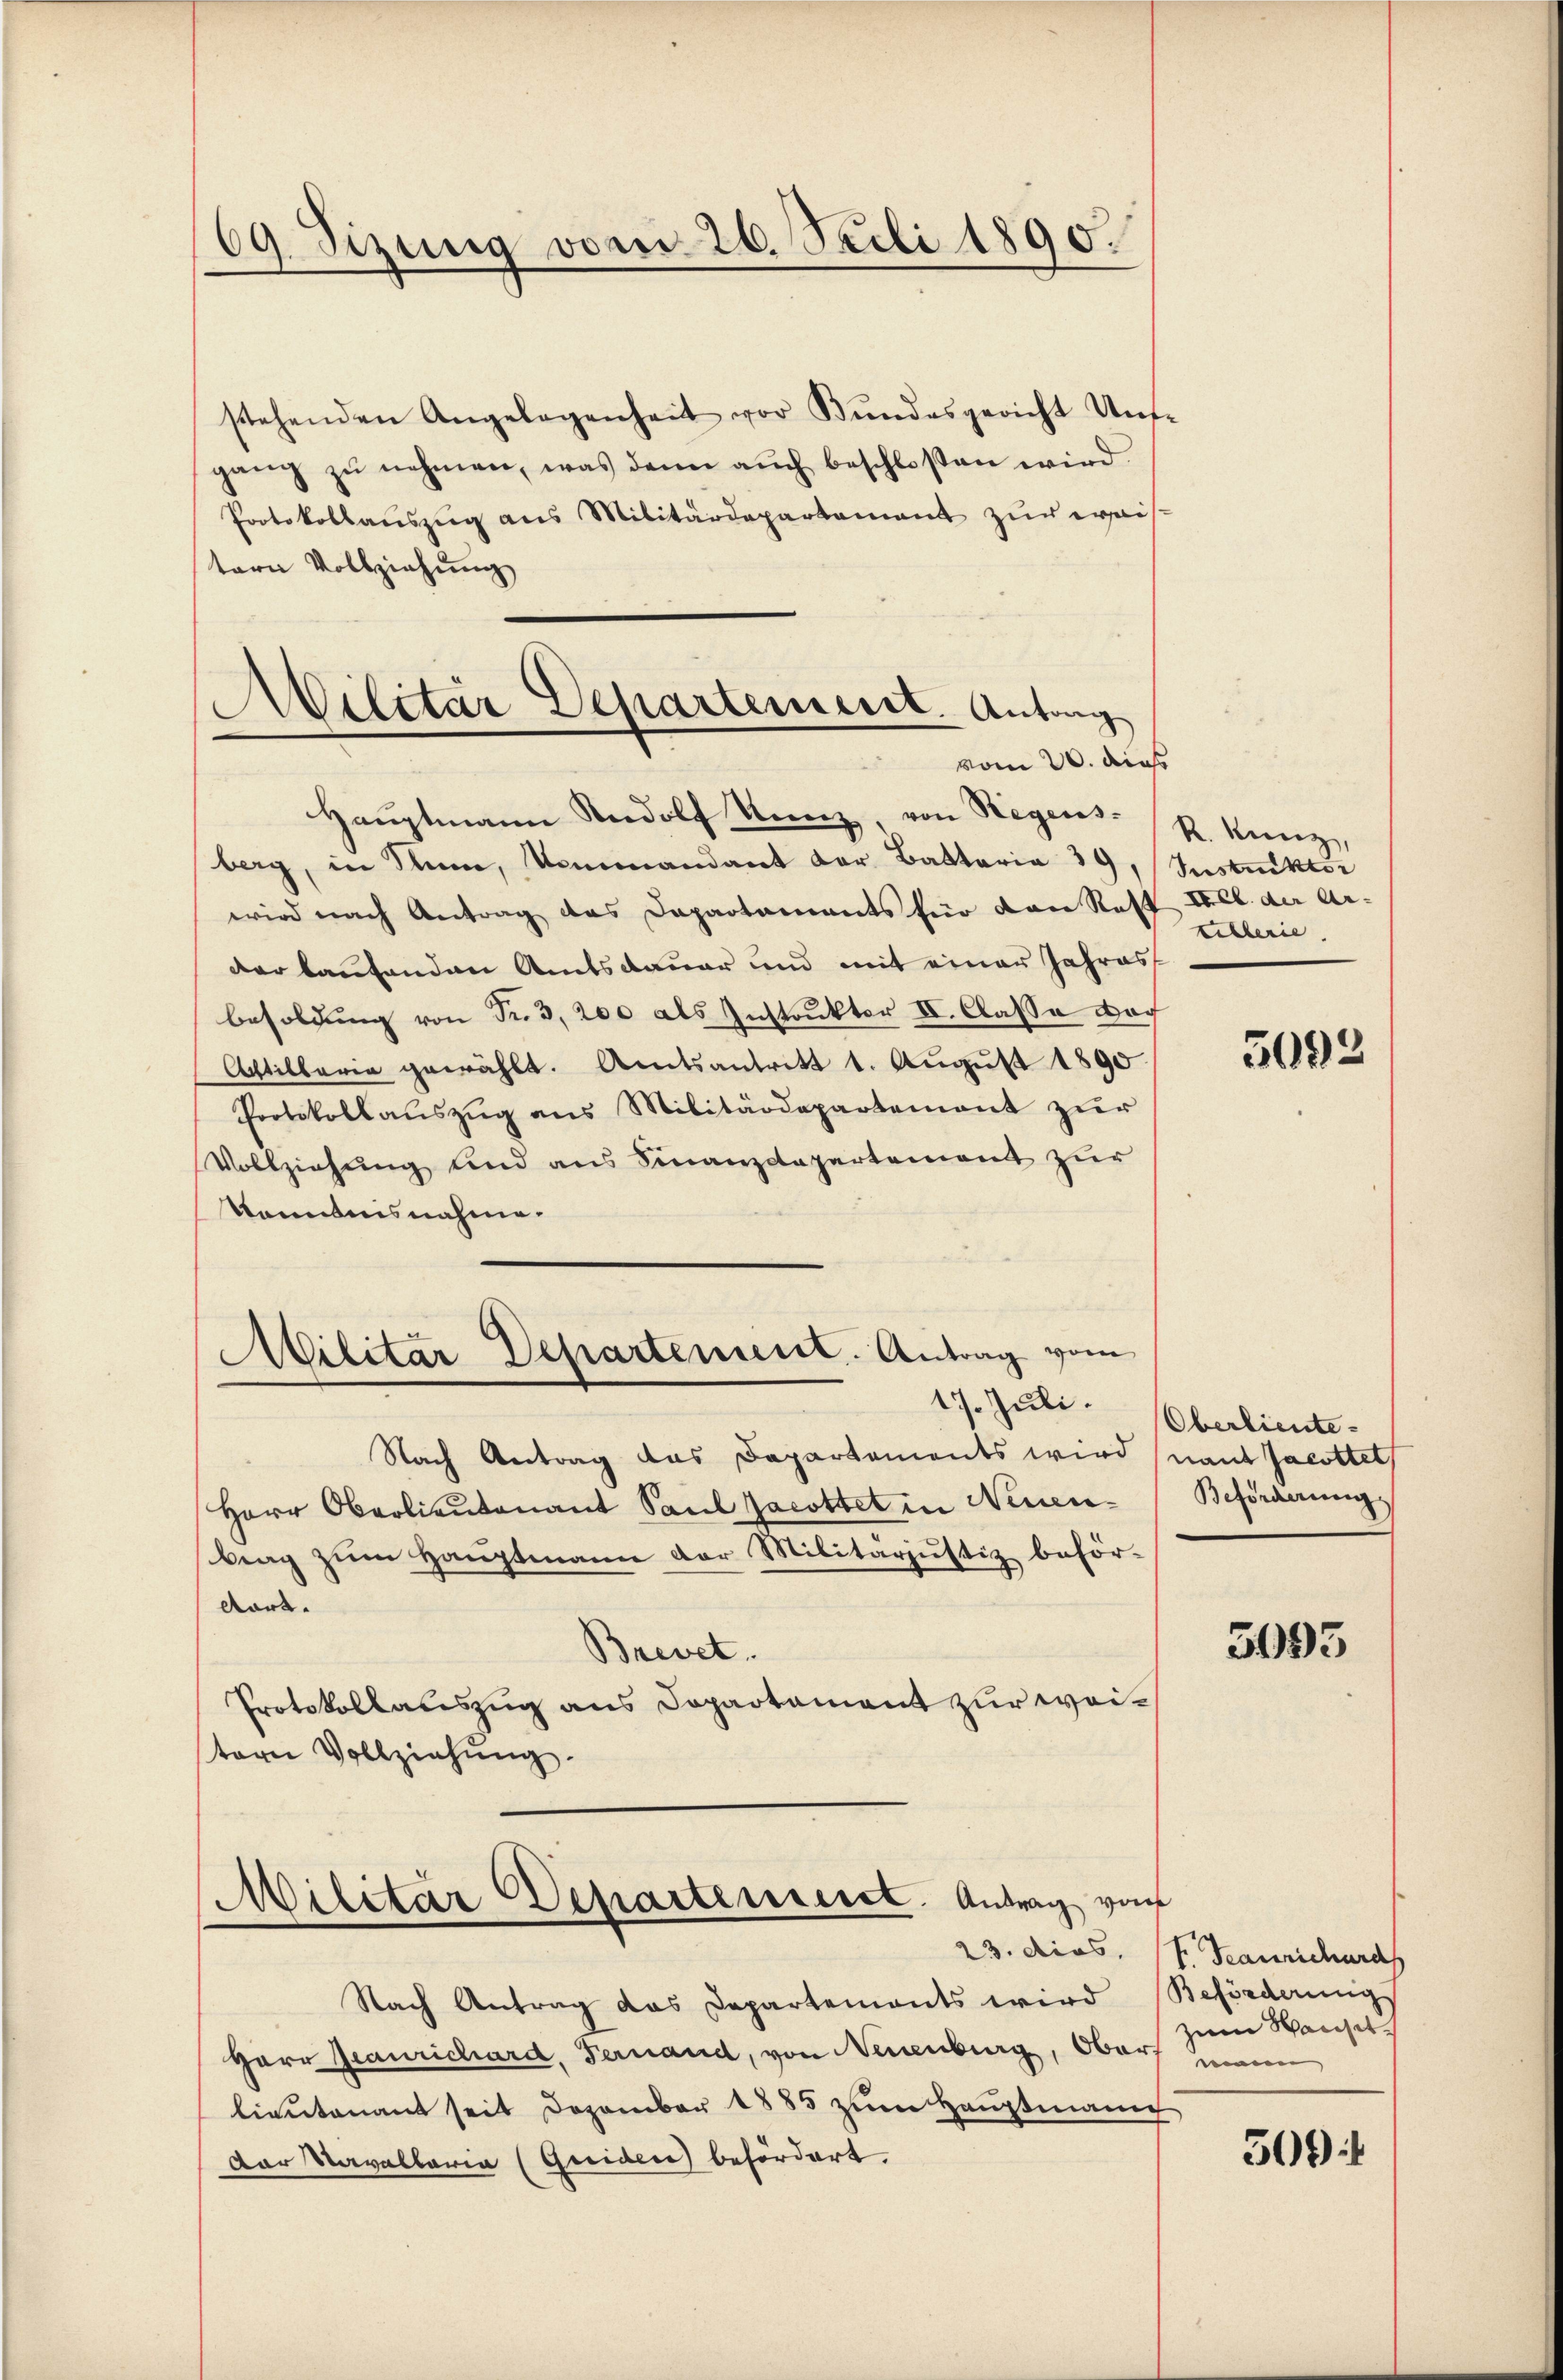
69. Sizung vom 26. Seili 1890.

stehenden Angelegenheit vor Bŭndesgericht Unt
gang zŭ nehmen, was dann aŭch beschloßen wird.
Protokollaŭszŭg ans Militärdepartement zŭr wais
tern Vollziehung
Haŭptmann Rudolf Kunz, von Regens-
berg, in Sinne, Kommandant der Battaria 39,
wird nach Antrag des Dapartaments für den Rest Frl. der Ar-
der laufenden Amtsdauer und mit einer Jahres
besoldung von Fr. 3, 200 als Instruktor II. Classe doch
Astillaria gewählt. Amtsantrett 1. August 1890
Protokollaŭszŭg ans Militärdepartement zŭr
Vollziehung und aus Finanzdepartement zur
Kenntnisnahme.
Militar Departement. Antrag vom
17. Juli.
Nach Antrag das Dapartements wird
Herr Oberlieutenant Paul Jacottet in Neuen-
brag zum Hauptmann der Militarjustiz beför¬
Aart.
Brevet.
Protokollauszug aus Departament zur weitern Vollziehung.

.
Militär Departement. Antrag
 vom 20. dies

Nach Antrag das Departements wird Beförderungs
Herr Graurichard, Fernand, von Neuenburg, Obers
lieutenant seit Dezember 1885 zum Hauptmann
Der Navallaria (Guiden befördert.

Militar Departenseret. Antrag von

R. Kunz,
Instruktor
tellerie

5092

Oberlieute.
nant Jacottet
Beförderung

5095

23. dies. v. Taurichards
zum Waiser

509 f